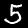
Digit: 5